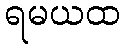
ရမယထ